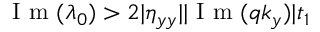
\mathrm { ~ I ~ m ~ } ( \lambda _ { 0 } ) > 2 | \eta _ { y y } | | \mathrm { ~ I ~ m ~ } ( q k _ { y } ) | t _ { 1 }